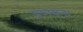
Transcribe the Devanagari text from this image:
प्रणयना